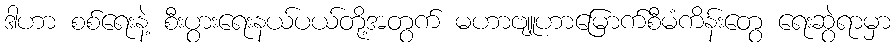
ဒါဟာ စစ်ရေးနဲ့ စီးပွားရေးနယ်ပယ်တို့အတွက် မဟာဗျူဟာမြောက်စီမံကိန်းတွေ ရေးဆွဲရာမှာ